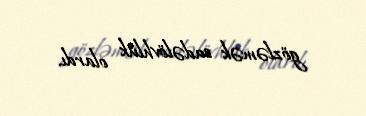
gözləmək sadəlövhlük olardı.